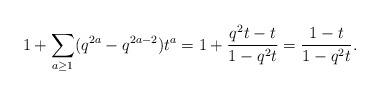
LaTeX: \begin{align*} 1 +\sum_{a\ge 1} (q^{2a}-q^{2a-2}) t^a= 1+ \frac{q^2 t -t}{1-q^2t} = \frac{1-t}{1-q^2t}.\end{align*}